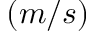
\left( m / s \right)